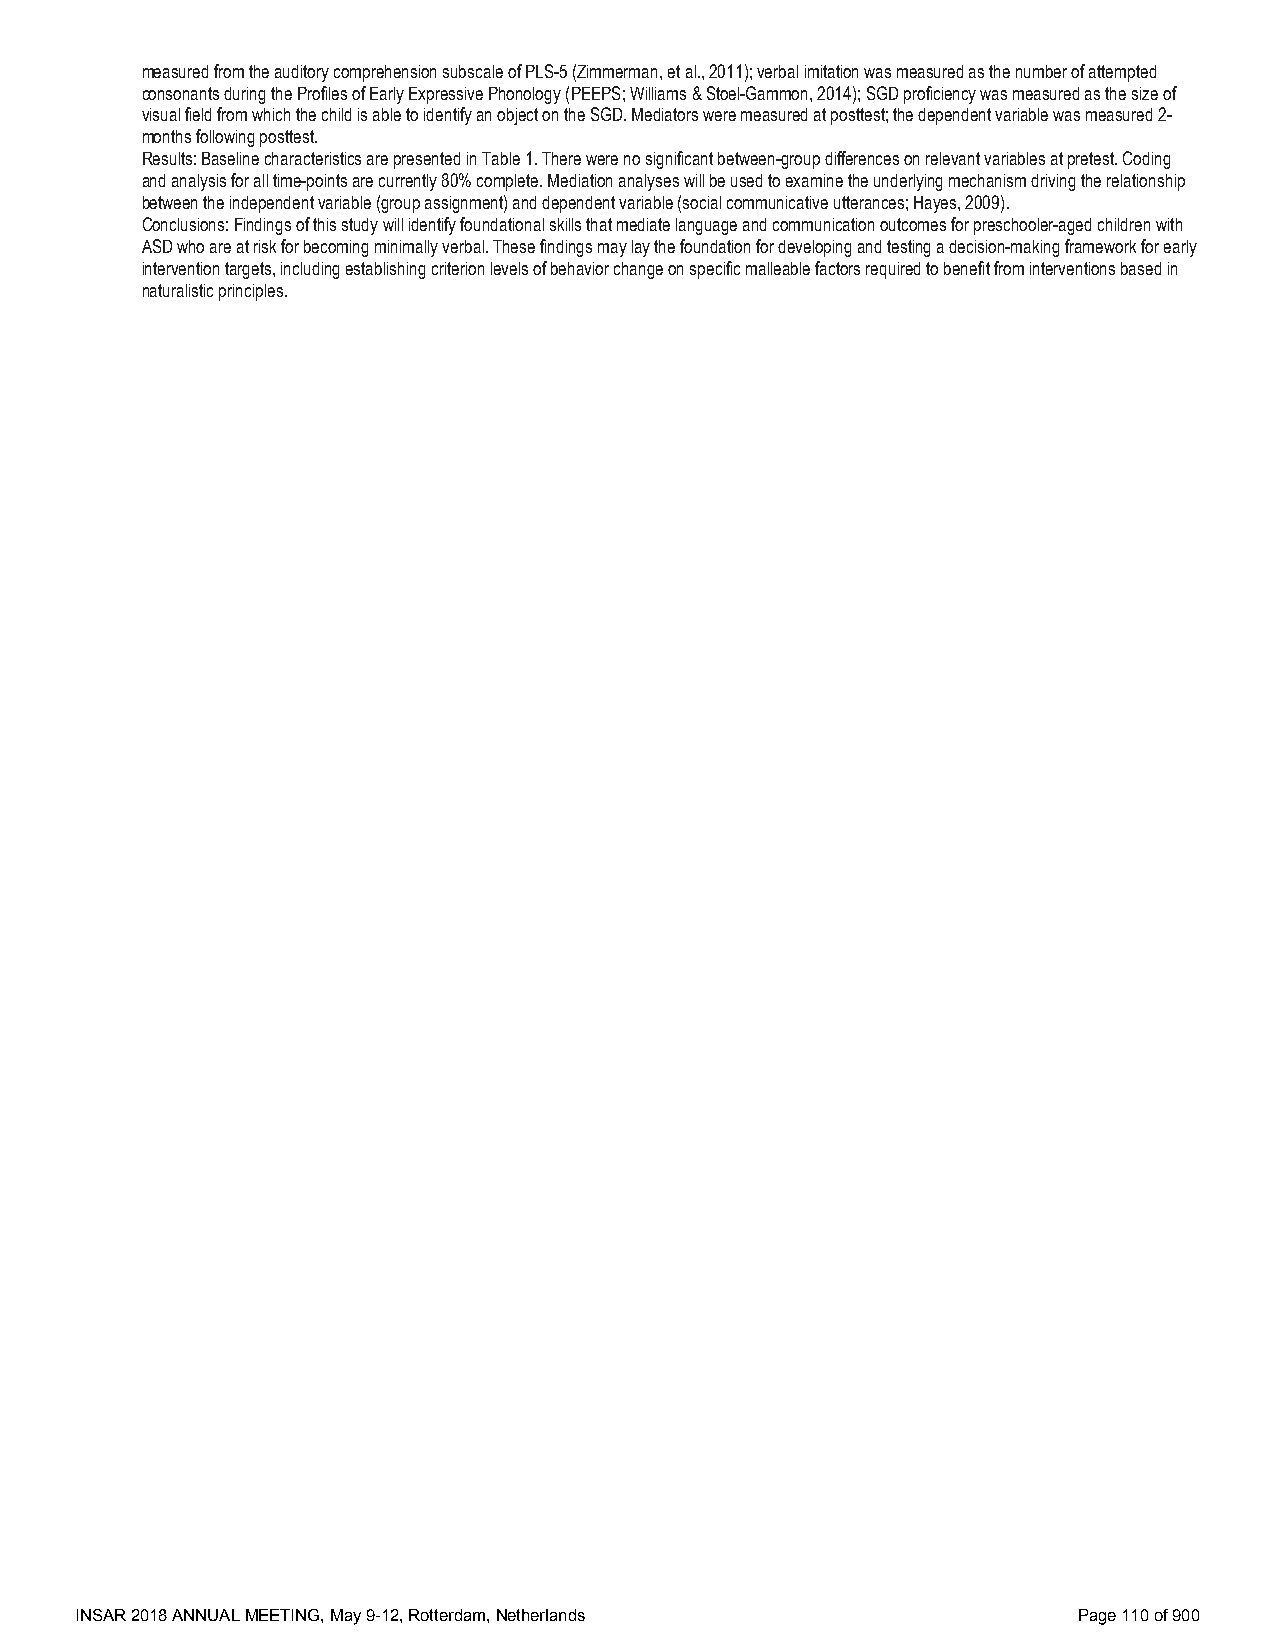
measured from the auditory comprehension subscale of PLS-5 (Zimmerman, et al., 2011); verbal imitation was measured as the number of attempted
 consonants during the Profiles of Early Expressive Phonology (PEEPS; Williams & Stoel-Gammon, 2014); SGD proficiency was measured as the size of
 visual field from which the child is able to identify an object on the SGD. Mediators were measured at posttest; the dependent variable was measured 2-
 months following posttest.
 Results: Baseline characteristics are presented in Table 1. There were no significant between-group differences on relevant variables at pretest. Coding
 and analysis for all time-points are currently 80% complete. Mediation analyses will be used to examine the underlying mechanism driving the relationship
 between the independent variable (group assignment) and dependent variable (social communicative utterances; Hayes, 2009).
 Conclusions: Findings of this study will identify foundational skills that mediate language and communication outcomes for preschooler-aged children with
 ASD who are at risk for becoming minimally verbal. These findings may lay the foundation for developing and testing a decision-making framework for early
 intervention targets, including establishing criterion levels of behavior change on specific malleable factors required to benefit from interventions based in
 naturalistic principles.
 INSAR 2018 ANNUAL MEETING, May 9-12, Rotterdam, Netherlands       Page 110 of 900